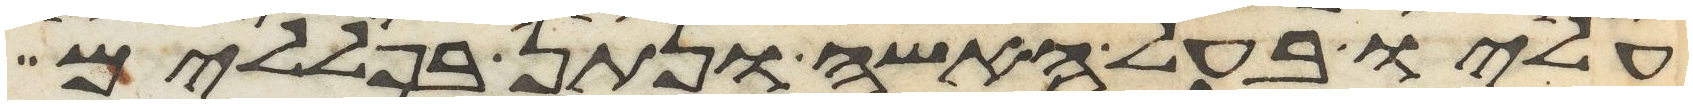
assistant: עליו בעל האשה ונתן בפללים